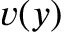
v ( y )